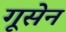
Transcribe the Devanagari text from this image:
गूसेन